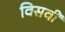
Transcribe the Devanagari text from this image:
विसवीं